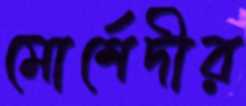
মোর্শেদীর